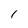
Character: I